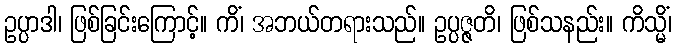
ဥပ္ပာဒါ၊ ဖြစ်ခြင်းကြောင့်။ ကိံ၊ အဘယ်တရားသည်။ ဥပ္ပဇ္ဇတိ၊ ဖြစ်သနည်း။ ကိသ္မိံ၊